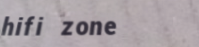
hifi zone